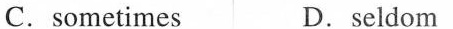
C.sometimes D.Seldom